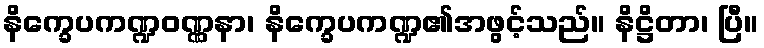
နိက္ခေပကဏ္ဍဝဏ္ဏနာ၊ နိက္ခေပကဏ္ဍ၏အဖွင့်သည်။ နိဋ္ဌိတာ၊ ပြီ။